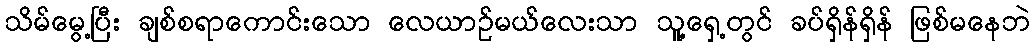
သိမ်မွေ့ပြီး ချစ်စရာကောင်းသော လေယာဉ်မယ်လေးသာ သူ့ရှေ့တွင် ခပ်ရှိန်ရှိန် ဖြစ်မနေဘဲ